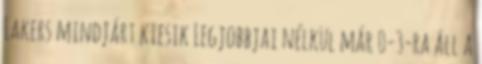
Lakers mindjárt kiesik Legjobbjai nélkül már 0-3-ra áll a